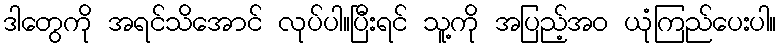
ဒါတွေကို အရင်သိအောင် လုပ်ပါ။ပြီးရင် သူ့ကို အပြည့်အဝ ယုံကြည်ပေးပါ။